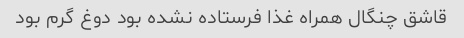
قاشق چنگال همراه غذا فرستاده نشده بود دوغ گرم بود